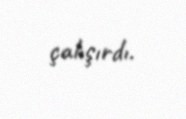
çalışırdı.